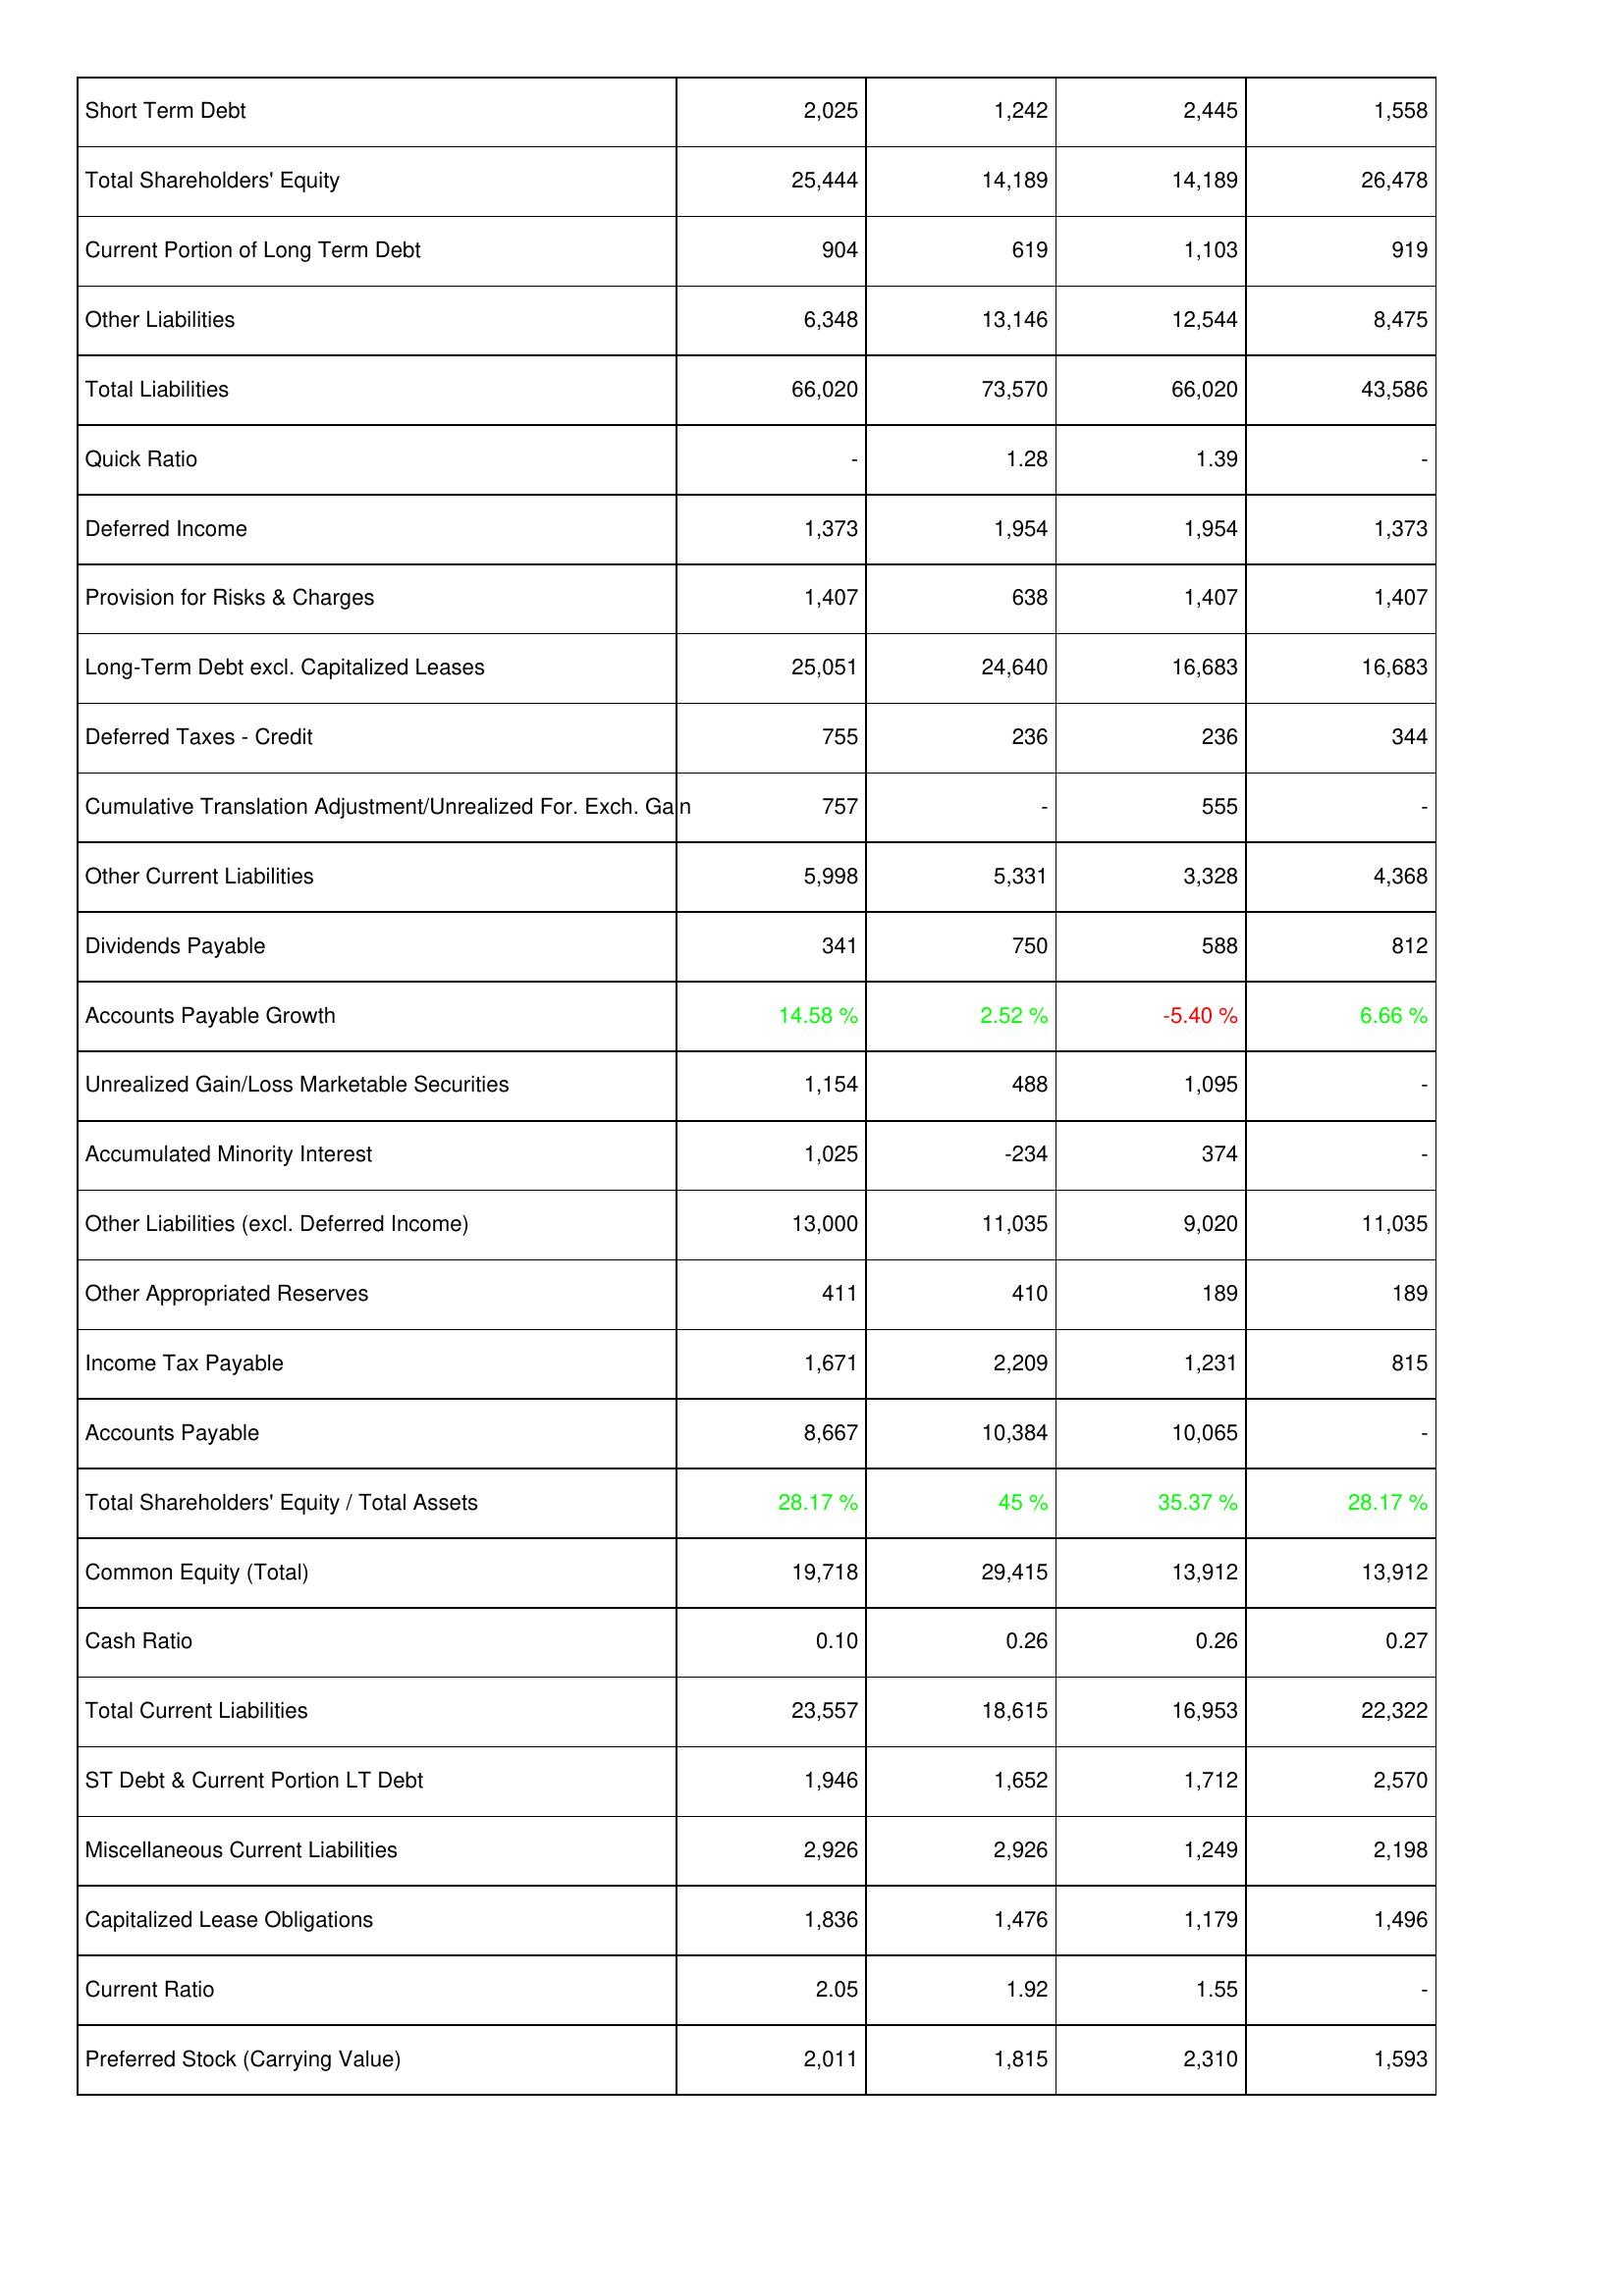
2021: Liabilities & Shareholders' Equity: Short Term Debt: 2,025
Total Shareholders' Equity: 25,444
Current Portion of Long Term Debt: 904
Other Liabilities: 6,348
Total Liabilities: 66,020
Quick Ratio: -
Deferred Income: 1,373
Provision for Risks & Charges: 1,407
Long-Term Debt excl. Capitalized Leases: 25,051
Deferred Taxes - Credit: 755
Cumulative Translation Adjustment/Unrealized For. Exch. Gain: 757
Other Current Liabilities: 5,998
Dividends Payable: 341
Accounts Payable Growth: 14.58 %
Unrealized Gain/Loss Marketable Securities: 1,154
Accumulated Minority Interest: 1,025
Other Liabilities (excl. Deferred Income): 13,000
Other Appropriated Reserves: 411
Income Tax Payable: 1,671
Accounts Payable: 8,667
Total Shareholders' Equity / Total Assets: 28.17 %
Common Equity (Total): 19,718
Cash Ratio: 0.10
Total Current Liabilities: 23,557
ST Debt & Current Portion LT Debt: 1,946
Miscellaneous Current Liabilities: 2,926
Capitalized Lease Obligations: 1,836
Current Ratio: 2.05
Preferred Stock (Carrying Value): 2,011
2022: Liabilities & Shareholders' Equity: Short Term Debt: 1,242
Total Shareholders' Equity: 14,189
Current Portion of Long Term Debt: 619
Other Liabilities: 13,146
Total Liabilities: 73,570
Quick Ratio: 1.28
Deferred Income: 1,954
Provision for Risks & Charges: 638
Long-Term Debt excl. Capitalized Leases: 24,640
Deferred Taxes - Credit: 236
Cumulative Translation Adjustment/Unrealized For. Exch. Gain: -
Other Current Liabilities: 5,331
Dividends Payable: 750
Accounts Payable Growth: 2.52 %
Unrealized Gain/Loss Marketable Securities: 488
Accumulated Minority Interest: -234
Other Liabilities (excl. Deferred Income): 11,035
Other Appropriated Reserves: 410
Income Tax Payable: 2,209
Accounts Payable: 10,384
Total Shareholders' Equity / Total Assets: 45 %
Common Equity (Total): 29,415
Cash Ratio: 0.26
Total Current Liabilities: 18,615
ST Debt & Current Portion LT Debt: 1,652
Miscellaneous Current Liabilities: 2,926
Capitalized Lease Obligations: 1,476
Current Ratio: 1.92
Preferred Stock (Carrying Value): 1,815
2023: Liabilities & Shareholders' Equity: Short Term Debt: 2,445
Total Shareholders' Equity: 14,189
Current Portion of Long Term Debt: 1,103
Other Liabilities: 12,544
Total Liabilities: 66,020
Quick Ratio: 1.39
Deferred Income: 1,954
Provision for Risks & Charges: 1,407
Long-Term Debt excl. Capitalized Leases: 16,683
Deferred Taxes - Credit: 236
Cumulative Translation Adjustment/Unrealized For. Exch. Gain: 555
Other Current Liabilities: 3,328
Dividends Payable: 588
Accounts Payable Growth: -5.40 %
Unrealized Gain/Loss Marketable Securities: 1,095
Accumulated Minority Interest: 374
Other Liabilities (excl. Deferred Income): 9,020
Other Appropriated Reserves: 189
Income Tax Payable: 1,231
Accounts Payable: 10,065
Total Shareholders' Equity / Total Assets: 35.37 %
Common Equity (Total): 13,912
Cash Ratio: 0.26
Total Current Liabilities: 16,953
ST Debt & Current Portion LT Debt: 1,712
Miscellaneous Current Liabilities: 1,249
Capitalized Lease Obligations: 1,179
Current Ratio: 1.55
Preferred Stock (Carrying Value): 2,310
2024: Liabilities & Shareholders' Equity: Short Term Debt: 1,558
Total Shareholders' Equity: 26,478
Current Portion of Long Term Debt: 919
Other Liabilities: 8,475
Total Liabilities: 43,586
Quick Ratio: -
Deferred Income: 1,373
Provision for Risks & Charges: 1,407
Long-Term Debt excl. Capitalized Leases: 16,683
Deferred Taxes - Credit: 344
Cumulative Translation Adjustment/Unrealized For. Exch. Gain: -
Other Current Liabilities: 4,368
Dividends Payable: 812
Accounts Payable Growth: 6.66 %
Unrealized Gain/Loss Marketable Securities: -
Accumulated Minority Interest: -
Other Liabilities (excl. Deferred Income): 11,035
Other Appropriated Reserves: 189
Income Tax Payable: 815
Accounts Payable: -
Total Shareholders' Equity / Total Assets: 28.17 %
Common Equity (Total): 13,912
Cash Ratio: 0.27
Total Current Liabilities: 22,322
ST Debt & Current Portion LT Debt: 2,570
Miscellaneous Current Liabilities: 2,198
Capitalized Lease Obligations: 1,496
Current Ratio: -
Preferred Stock (Carrying Value): 1,593